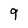
Character: 9